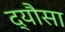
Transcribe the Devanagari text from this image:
द्यौसा